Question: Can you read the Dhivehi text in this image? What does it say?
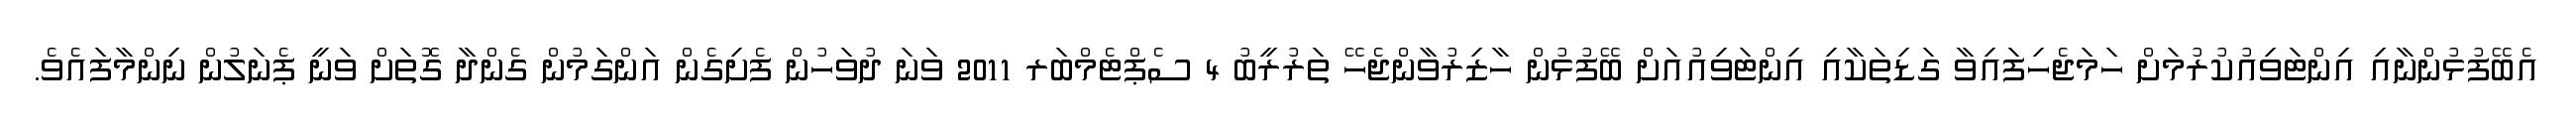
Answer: އެބޭފުޅުންނާއި އިންޓަވިއުކުރުމަށް ހަމަޖެހިފައިވާ ގަޑިތަކާއި އިންޓަވިއުއަށް ބޭފުޅުން ހާޒިރުވާންޖެހޭ ތަރުރީބު 4 ސެޕްޓެމްބަރ 2011 ވަނަ ދުވަހުން ފެށިގެން އަންގަމުން ގެންދާ ގޮތަށް ވަނީ ޕެނަލުން ނިންމާފައެވެ.